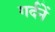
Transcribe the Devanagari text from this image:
गर्दनें